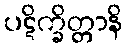
ပဋိက္ခိတ္တာနိ